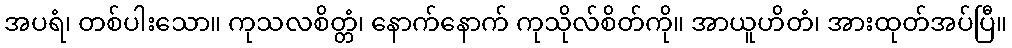
အပရံ၊ တစ်ပါးသော။ ကုသလစိတ္တံ၊ နောက်နောက် ကုသိုလ်စိတ်ကို။ အာယူဟိတံ၊ အားထုတ်အပ်ပြီ။